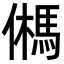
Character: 𩢮